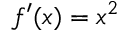
f ^ { \prime } ( x ) = x ^ { 2 }